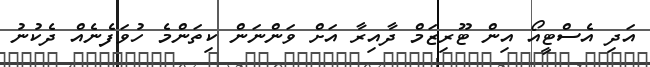
އަދި އެސްޓީއޯ އިން ޓޫރިޒަމް ދާއިރާ އަށް ވަންނަން ކިތަންމެ ހުވަފެނެއް ދެކުނު